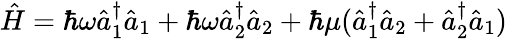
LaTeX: \hat{H}=\hbar\omega\hat{a}_{1}^{\dagger}\hat{a}_{1}+\hbar\omega\hat{a}_{2}^{\dagger}\hat{a}_{2}+\hbar\mu(\hat{a}_{1}^{\dagger}\hat{a}_{2}+\hat{a}_{2}^{\dagger}\hat{a}_{1})